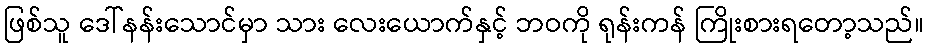
ဖြစ်သူ ဒေါ်နန်းသောင်မှာ သား လေးယောက်နှင့် ဘဝကို ရုန်းကန် ကြိုးစားရတော့သည်။